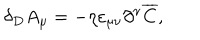
\delta _ { D } A _ { \mu } = - \eta \varepsilon _ { \mu \nu } \partial ^ { \nu } \overline { { C } } ,